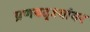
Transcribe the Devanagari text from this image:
प्रणयदृश्यांवर